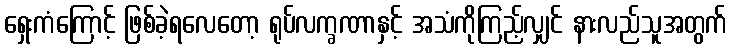
ရှေးကံကြောင့် ဖြစ်ခဲ့ရလေတော့ ရုပ်လက္ခဏာနှင့် အသံကိုကြည့်လျှင် နားလည်သူအတွက်